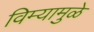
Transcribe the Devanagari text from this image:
विम्यामुळे